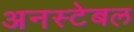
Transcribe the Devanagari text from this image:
अनस्टेबल